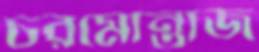
চরমোন্তাজ